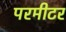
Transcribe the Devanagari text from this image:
परमीटर